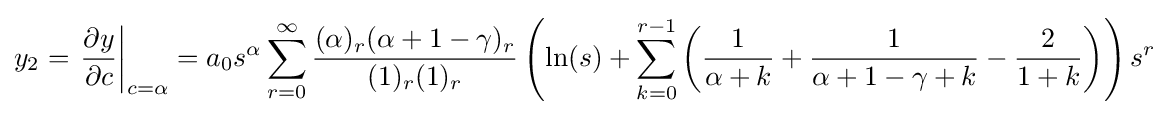
y_{2}=\left.{\frac {\partial y}{\partial c}}\right|_{c=\alpha }=a_{0}s^{\alpha }\sum _{r=0}^{\infty }{\frac {(\alpha )_{r}(\alpha +1-\gamma )_{r}}{(1)_{r}(1)_{r}}}\left(\ln(s)+\sum _{k=0}^{r-1}\left({\frac {1}{\alpha +k}}+{\frac {1}{\alpha +1-\gamma +k}}-{\frac {2}{1+k}}\right)\right)s^{r}